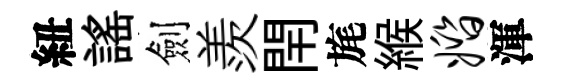
紐謡劍羨閈旄緱婚渾